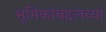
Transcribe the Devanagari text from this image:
भूमिकांबद्दलच्या